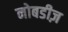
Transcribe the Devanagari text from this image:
नोबडीज़